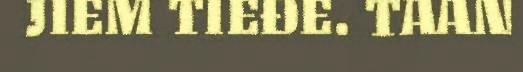
JIEM TIEĐE. TAAN